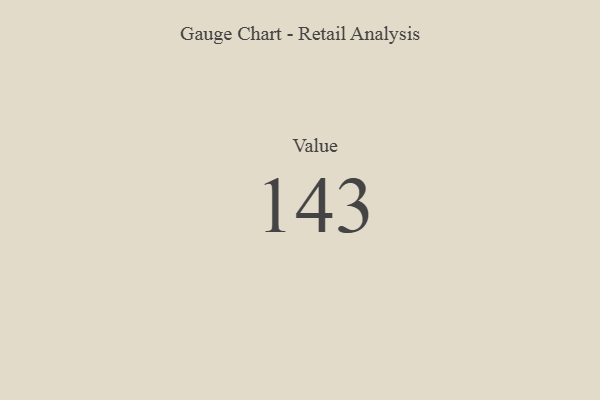
{"axis": {"x": "Metric", "y": "Value"}, "legend": [""], "data": [{"x": "Value", "y": 143, "type": ""}]}